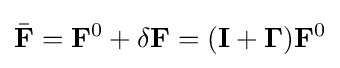
{\bar {\bf {F}}}={\bf {F}}^{0}+\delta {\bf {F}}=(\mathbf {I} +\mathbf {\Gamma } ){\bf {F}}^{0}